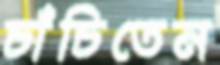
চাঁচিতেন